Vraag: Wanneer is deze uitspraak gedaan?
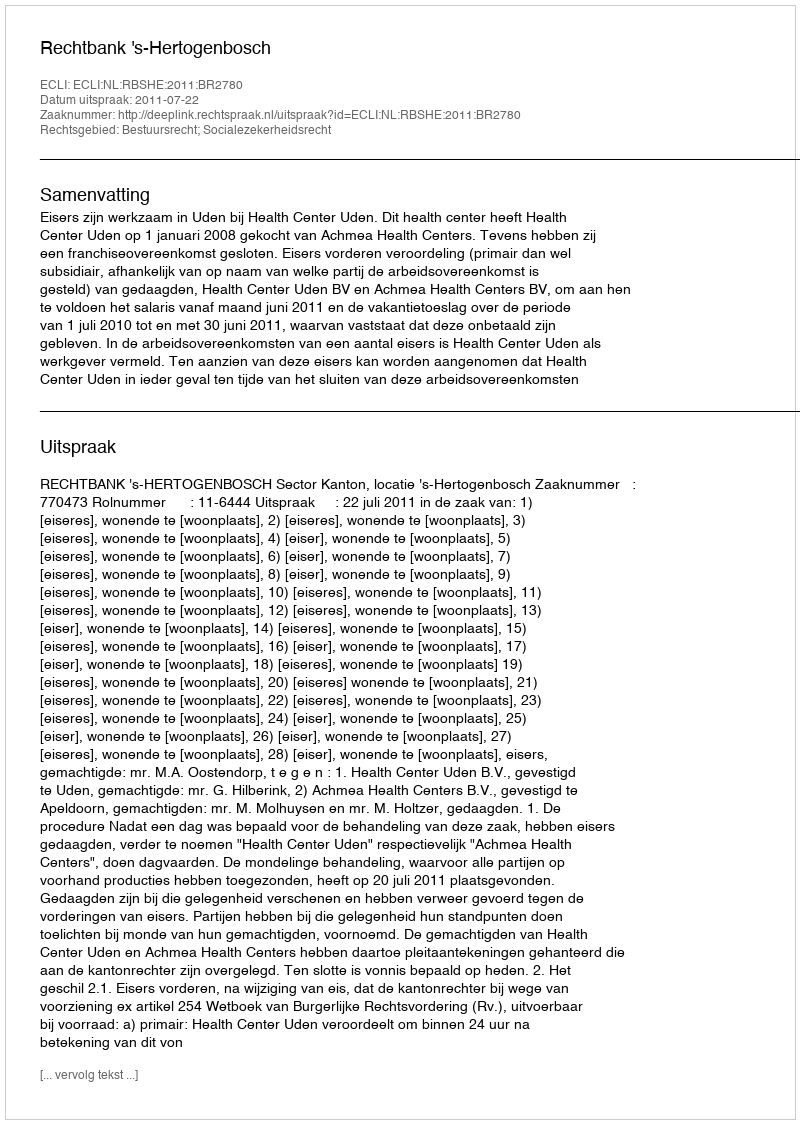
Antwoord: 2011-07-22